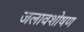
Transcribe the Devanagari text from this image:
जलावशोषण